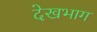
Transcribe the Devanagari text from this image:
देखभाग